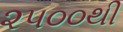
૨૫૦૦થી